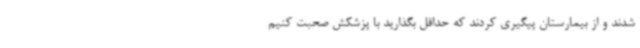
شدند و از بیمارستان پیگیری کردند که حداقل بگذارید با پزشکش صحبت کنیم